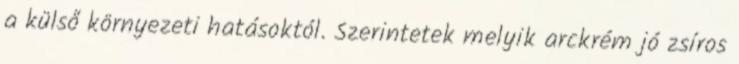
a külső környezeti hatásoktól. Szerintetek melyik arckrém jó zsíros